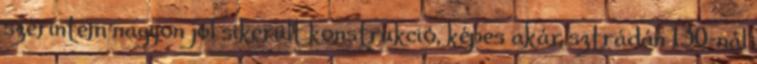
szerintem nagyon jól sikerült konstrukció, képes akár sztrádán 130-nál